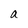
Character: a